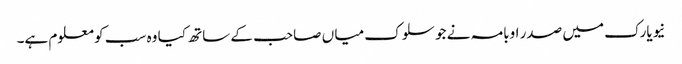
نیویارک میں صدر اوبامہ نے جو سلوک میا ں صاحب کے ساتھ کیا وہ سب کو معلوم ہے۔